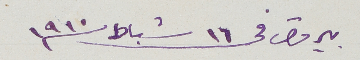
بيروت في 16 شباط سنة 1910